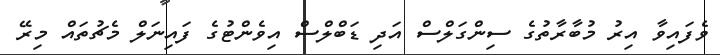
ވެފައިވާ އިރު މުބާރާތުގެ ސިންގަލްސް އަދި ޑަބްލްސް އިވެންޓުގެ ފައިނަލް މެޗުތައް މިރޭ